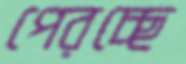
পেরচ্ছে